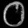
Digit: ၀